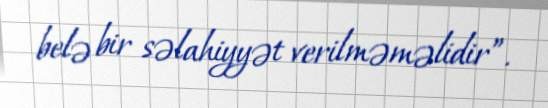
belə bir səlahiyyət verilməməlidir”.